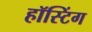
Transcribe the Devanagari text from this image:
हॉस्टिंग